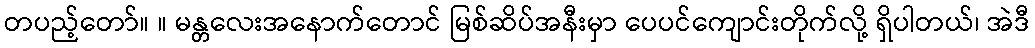
တပည့်တော်။ ။ မန္တလေးအနောက်တောင် မြစ်ဆိပ်အနီးမှာ ပေပင်ကျောင်းတိုက်လို့ ရှိပါတယ်၊ အဲဒီ